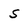
Character: s